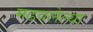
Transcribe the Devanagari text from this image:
मढवलेल्या